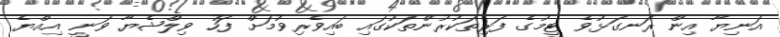
އަނިޔާ އިން ރަނގަޅުވެ ޓީމުގެ ފަރިތަކުރުންތަކުގައި ބައިވެރިވުމަށް ފަހު ވިލްޝެޔާ ވަނީ އިއްޔެ